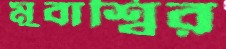
মুবাশ্বির